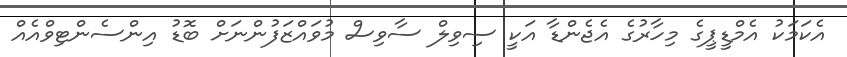
އެކަމަކު އެމްޑީޕީގެ މިހާރުގެ އެޖެންޑާ އަކީ ސިވިލް ސާވިސް މުވައްޒަފުންނަށް ބޮޑު އިންސެންޓިވްއެއް